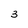
Character: 3